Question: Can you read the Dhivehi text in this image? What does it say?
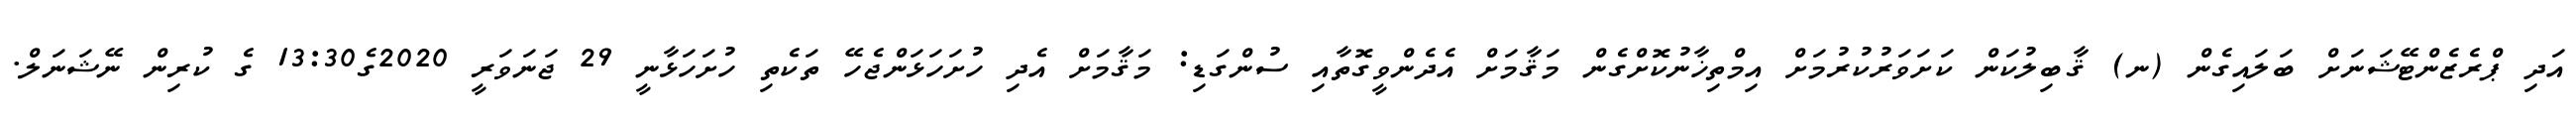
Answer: އަދި ޕްރެޒެންޓޭޝަނަށް ބަލައިގެން (ނ) ޤާބިލުކަން ކަށަވަރުކުރުމަށް އިމްތިޚާނުކޮށްގެން މަޤާމަށް އެދެންވީގޮތާއި ސުންގަޑި: މަޤާމަށް އެދި ހުށަހަޅަންޖެހޭ ތަކެތި ހުށަހަޅާނީ 29 ޖަނަވަރީ 2020ގެ13:30 ގެ ކުރިން ނޭޝަނަލް.